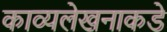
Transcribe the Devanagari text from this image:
काव्यलेखनाकडे